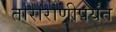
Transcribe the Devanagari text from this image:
ताराराणीपर्यंत